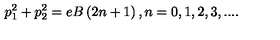
p _ { 1 } ^ { 2 } + p _ { 2 } ^ { 2 } = e B \left( 2 n + 1 \right) , n = 0 , 1 , 2 , 3 , . . . .